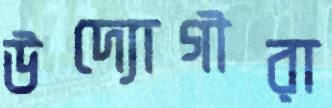
উদ্যোগীরা